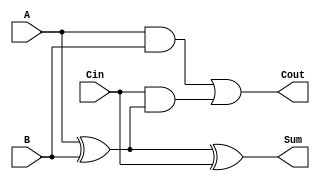
module FullAdder (
    input wire A,      // First input bit
    input wire B,      // Second input bit
    input wire Cin,    // Carry-in bit
    output wire Sum,   // Sum output bit
    output wire Cout   // Carry-out bit
);

// Calculate the Sum using XOR
assign Sum = A ^ B ^ Cin;

// Calculate the Carry-out using the given logic
assign Cout = (A & B) | (Cin & (A ^ B));

endmodule